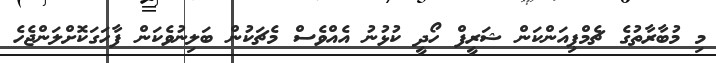
މި މުބާރާތުގެ ޗެމްޕިއަންކަން ޝަރީފް ހޯދީ ކުޅުނު އެއްވެސް މެޗަކުން ބަލިނުވެކަން ފާހަގަކޮށްލަންޖެހެ